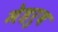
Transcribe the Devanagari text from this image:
मेहरुब